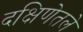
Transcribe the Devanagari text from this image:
दक्षिणेतले